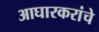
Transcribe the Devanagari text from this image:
आघारकरांचे